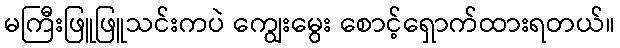
မကြီးဖြူဖြူသင်းကပဲ ကျွေးမွေး စောင့်ရှောက်ထားရတယ်။